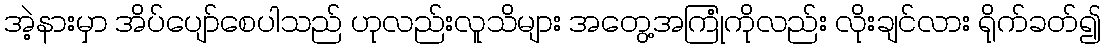
အဲ့နားမှာ အိပ်ပျော်စေပါသည် ဟုလည်းလူသိများ အတွေ့အကြုံကိုလည်း လိုးချင်လား ရိုက်ခတ်၍